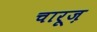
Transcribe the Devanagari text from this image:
चारूज़